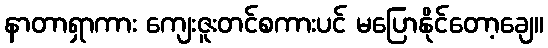
နာတာရှာကား ကျေးဇူးတင်စကားပင် မပြောနိုင်တော့ချေ။